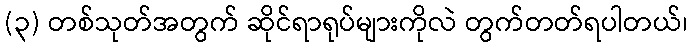
(၃) တစ်သုတ်အတွက် ဆိုင်ရာရုပ်များကိုလဲ တွက်တတ်ရပါတယ်၊